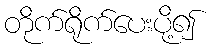
တိုက်ရိုက်ပေးပို့၍